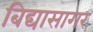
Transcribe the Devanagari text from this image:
बिद्यासागर